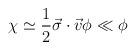
LaTeX: \begin{align*}\chi\simeq\frac{1}{2}\vec{\sigma}\cdot\vec{v}\phi\ll\phi\end{align*}